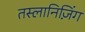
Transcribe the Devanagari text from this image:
तस्लानिज़िंग